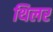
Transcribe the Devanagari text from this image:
थिलर